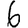
Digit: 6